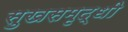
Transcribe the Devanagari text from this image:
सुखसमृद्धी